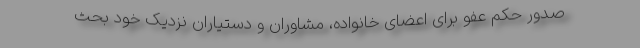
صدور حکم عفو برای اعضای خانواده، مشاوران و دستیاران نزدیک خود بحث